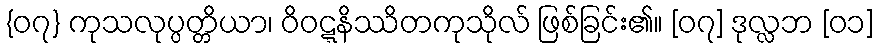
{၀၇} ကုသလုပ္ပတ္တိယာ၊ ဝိဝဋ္ဋနိဿိတကုသိုလ် ဖြစ်ခြင်း၏။ [၀၇] ဒုလ္လဘ [၀၁]